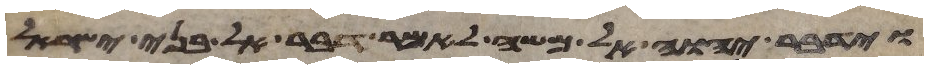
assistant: וידבר יהוה אל משה לאמר דבר אל בני ישראל